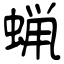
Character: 蝋